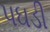
પઘડી